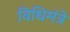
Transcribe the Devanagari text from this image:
विधिमंत्रे